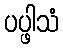
ပပ္ဖါသံ